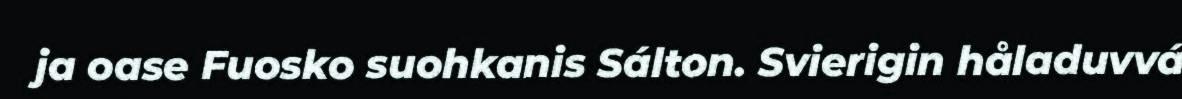
ja oase Fuosko suohkanis Sálton. Svierigin håladuvvá